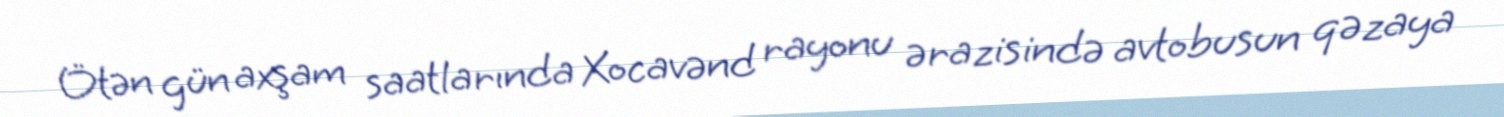
Ötən gün axşam saatlarında Xocavənd rayonu ərazisində avtobusun qəzaya